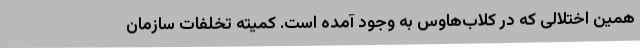
همین اختلالی که در کلاب‌هاوس به وجود آمده است. کمیته تخلفات سازمان